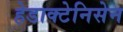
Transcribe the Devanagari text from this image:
हेडाक्टेनिसेन